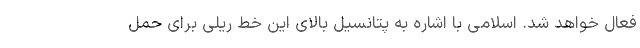
فعال خواهد شد. اسلامی با اشاره به پتانسیل بالای این خط ریلی برای حمل